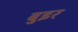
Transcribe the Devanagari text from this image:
बुइर